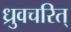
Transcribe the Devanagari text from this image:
ध्रुवचरित्